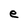
Character: e